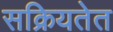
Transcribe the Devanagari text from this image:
सक्रियतेत